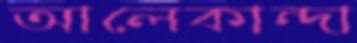
আলেকান্দা